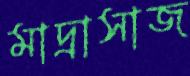
মাদ্রাসাজ